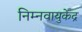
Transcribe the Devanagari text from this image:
निम्नवायुकेंद्र